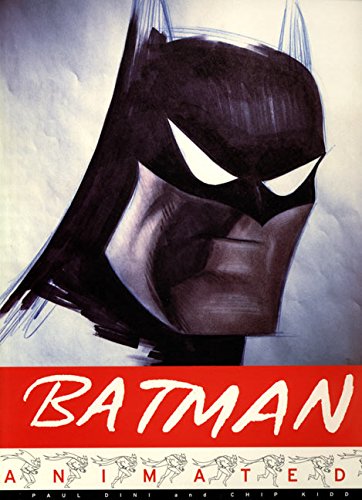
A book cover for Batman Animated; Paul Dini; Humor & Entertainment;